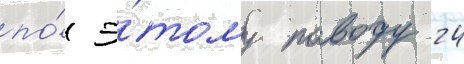
по́ э́тому поводу 24